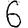
Digit: 6